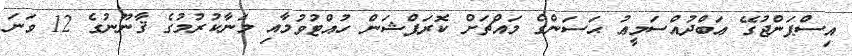
އިސްޕަންޖުގޭ ޢަބްދުއްސަމީޢު ޙަސަންގެ މައްޗަށް ކޮރަޕްޝަން ހުއްޓުވުމާއި މަނާކުރުމުގެ ޤާނޫނުގެ 12 ވަނަ